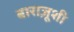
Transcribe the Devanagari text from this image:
बाराज़ूशी